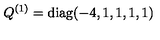
Q ^ { ( 1 ) } = \mathrm { d i a g } ( - 4 , 1 , 1 , 1 , 1 )